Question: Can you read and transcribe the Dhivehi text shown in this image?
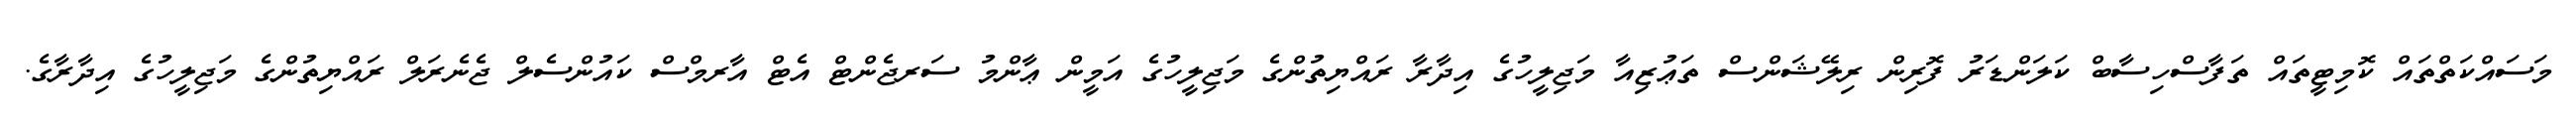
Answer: މަސައްކަތްތައް ކޮމިޓީތައް ތަފާސްހިސާބް ކަލަންޑަރު ފޮރިން ރިލޭޝަންސް ތަޢުޒިއާ މަޖިލީހުގެ އިދާރާ ރައްޔިތުންގެ މަޖިލީހުގެ އަމީން ޢާންމު ސަރޖެންޓް އެޓް އާރމްސް ކައުންސެލް ޖެނެރަލް ރައްޔިތުންގެ މަޖިލީހުގެ އިދާރާގެ.